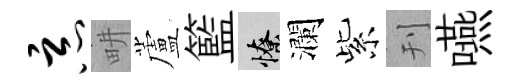
恶畊蘆籃憭瀾紫刊嚥